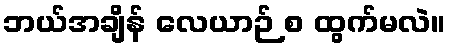
ဘယ်အချိန် လေယာဉ် စ ထွက်မလဲ။